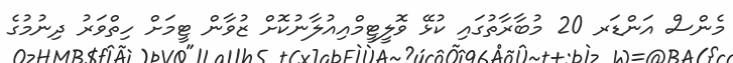
މެންސް އަންޑަރ 20 މުބާރާތުގައި ކުޅޭ ވޮލީޓީމްއިއުލާނުކޮށް ޒުވާން ޓީމަށް ހިތްވަރު ދިނުމުގެ